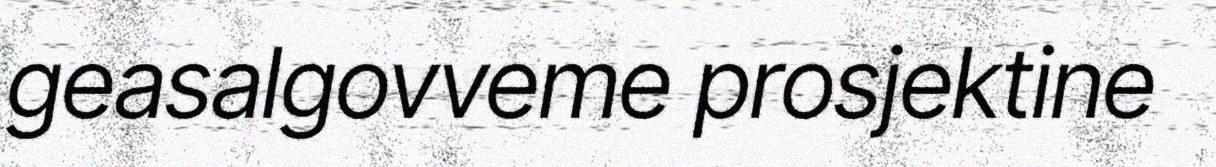
geasalgovveme prosjektine